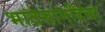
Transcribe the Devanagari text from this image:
भातसानदिचा